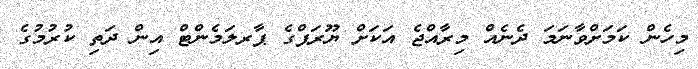
މިހެން ކަމަށްވާނަމަ ދެނެއް މިރާއްޖެ އަކަށް ޔޫރަޕްގެ ޕާރލަމެންޓް އިން ދަތި ކުރުމުގެ